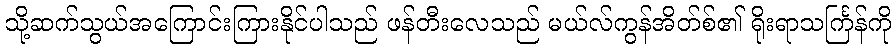
သို့ဆက်သွယ်အကြောင်းကြားနိုင်ပါသည် ဖန်တီးလေသည် မယ်လ်ကွန်အိတ်စ်၏ ရိုးရာသင်္ကြန်ကို